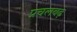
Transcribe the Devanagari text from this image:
प्रचलबढ़